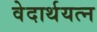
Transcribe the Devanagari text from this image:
वेदार्थयत्न